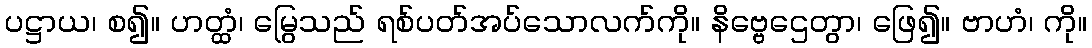
ပဋ္ဌာယ၊ စ၍။ ဟတ္ထံ၊ မြွေသည် ရစ်ပတ်အပ်သောလက်ကို။ နိဗ္ဗေဌေတွာ၊ ဖြေ၍။ ဗာဟံ၊ ကို။